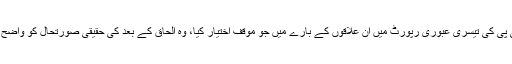
یو این سی پی کی تیسری عبوری رپورٹ میں ان علاقوں کے بارے میں جو موقف اختیار کیا، وہ الحاق کے بعد کی حقیقی صورتحال کو واضح کرتا ہے۔